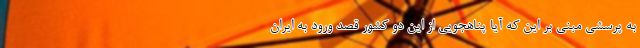
به پرسشی مبنی بر این که آیا پناهجویی از این دو کشور قصد ورود به ایران